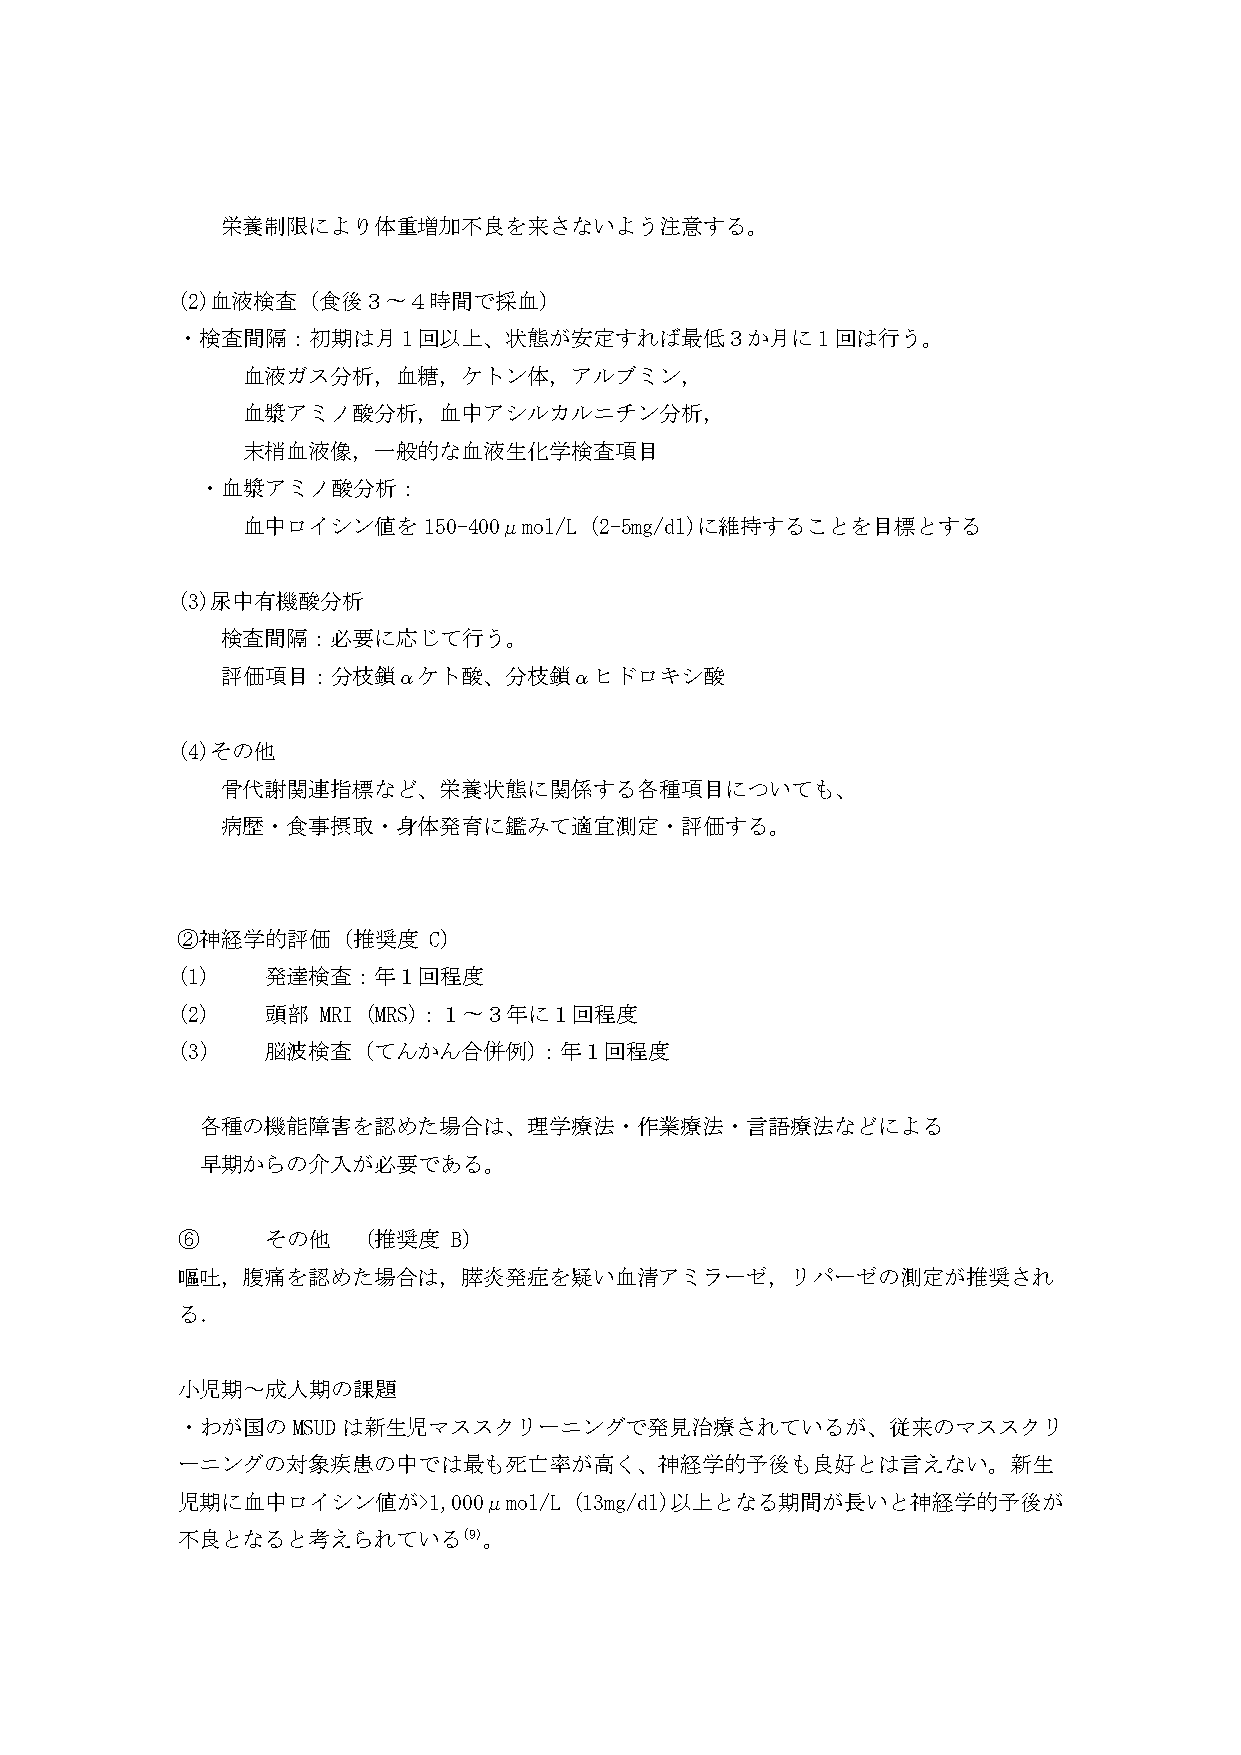
栄養制限により体重増加不良を来さないよう注意する。
 (2)血液検査（食後３〜４時間で採血）
 ・検査間隔：初期は月1回以上、状態が安定すれば最低３か月に1回は行う。
 血液ガス分析，血糖，ケトン体，アルブミン，
 血漿アミノ酸分析，血中アシルカルニチン分析，
 末梢血液像，一般的な血液生化学検査項目
 ・血漿アミノ酸分析：
 血中ロイシン値を150-400μmol/L  (2-5mg/dl)に維持することを目標とする
 (3)尿中有機酸分析
 検査間隔：必要に応じて行う。
 評価項目：分枝鎖αケト酸、分枝鎖αヒドロキシ酸
 (4)その他
 骨代謝関連指標など、栄養状態に関係する各種項目についても、
 病歴・食事摂取・身体発育に鑑みて適宜測定・評価する。
 ②神経学的評価（推奨度     C）
 (1)   発達検査：年１回程度
 (2)   頭部 MRI (MRS)：１〜３年に１回程度
 (3)   脳波検査（てんかん合併例）：年１回程度
 各種の機能障害を認めた場合は、理学療法・作業療法・言語療法などによる
 早期からの介入が必要である。
 ⑥     その他  （推奨度   B）
 嘔吐，腹痛を認めた場合は，膵炎発症を疑い血清アミラーゼ，リパーゼの測定が推奨され
 る．
 小児期～成人期の課題
 ・わが国のMSUDは新生児マススクリーニングで発見治療されているが、従来のマススクリ
 ーニングの対象疾患の中では最も死亡率が高く、神経学的予後も良好とは言えない。新生
 児期に血中ロイシン値が>1,000μmol/L   (13mg/dl)以上となる期間が長いと神経学的予後が
 不良となると考えられている(9)。